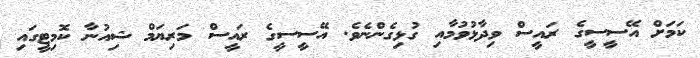
ކަމަށް އޭސީސީގެ ރައީސް ވިދާޅުވުމާއި ގުޅިގެންނެވެ. އޭސީސީގެ ރައީސް މަރިޔަމް ޝިއުނާ ކޮމިޓީގައި